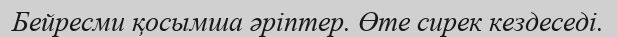
Бейресми қосымша әріптер. Өте сирек кездеседі.